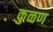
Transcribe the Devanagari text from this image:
कुळण